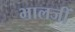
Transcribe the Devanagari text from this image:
भालजीं